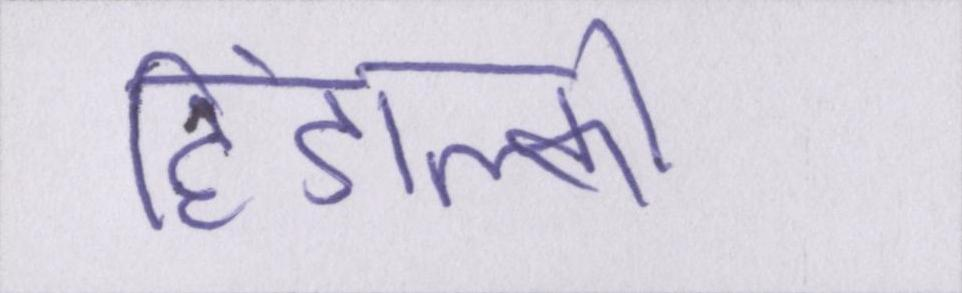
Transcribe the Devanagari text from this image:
हिंडाल्को